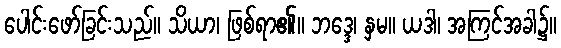
ပေါင်းဖော်ခြင်းသည်။ သိယာ၊ ဖြစ်ရာ၏။ ဘဒ္ဒေ၊ နှမ။ ယဒါ၊ အကြင်အခါ၌။